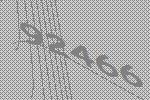
92466